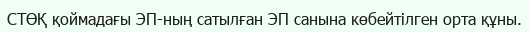
СТӨҚ қоймадағы ЭП-ның сатылған ЭП санына көбейтілген орта құны.